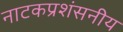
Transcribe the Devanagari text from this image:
नाटकप्रशंसनीय